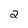
Character: 2